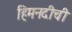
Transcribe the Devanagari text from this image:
हिमनदीची